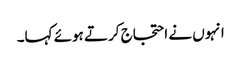
انہوں نے احتجاج کرتے ہوئے کہا۔